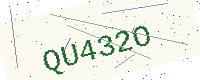
Text: QU432O